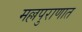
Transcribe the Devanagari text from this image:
मल्लपुराणात